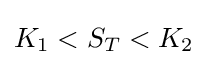
K_{1}<S_{T}<K_{2}